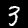
Digit: 3